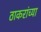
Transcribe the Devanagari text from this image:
ठाकरांच्या